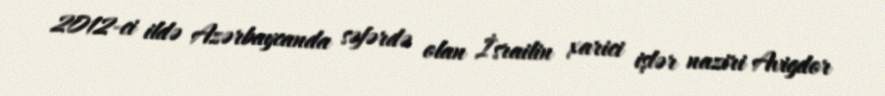
2012-ci ildə Azərbaycanda səfərdə olan İsrailin xarici işlər naziri Avigdor